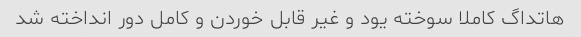
هاتداگ کاملا سوخته یود و غیر قابل خوردن و کامل دور انداخته شد